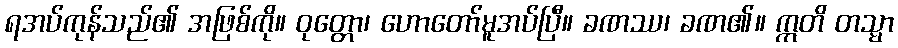
ရအပ်ကုန်သည်၏ အဖြစ်ကို။ ဝုတ္တော၊ ဟောတော်မူအပ်ပြီ။ ခဏဿ၊ ခဏ၏။ ဣတိ တသ္မာ